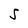
Character: 5